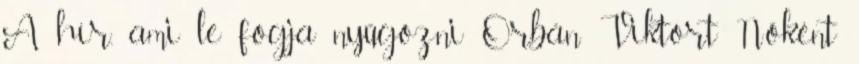
A hír, ami le fogja nyűgözni Orbán Viktort Nőként